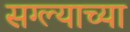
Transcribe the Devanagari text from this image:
सग्ल्याच्या